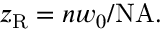
z _ { \mathrm { R } } = n w _ { 0 } / \mathrm { N A } .